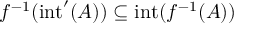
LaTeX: f ^ { - 1 } ( \mathrm { i n t } ^ { \prime } ( A ) ) \subseteq \mathrm { i n t } ( f ^ { - 1 } ( A ) )